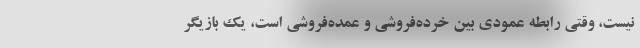
نیست، وقتی رابطه عمودی بین خرده‌فروشی و عمده‌فروشی است، یک بازیگر